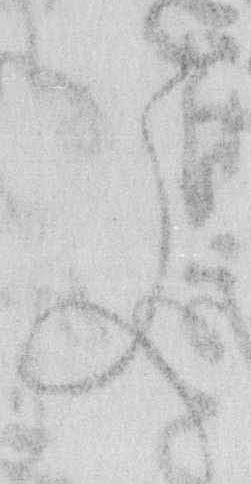
文